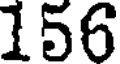
156